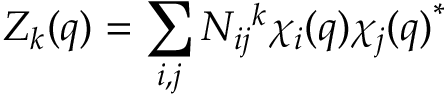
Z _ { k } ( q ) = \sum _ { i , j } N _ { i j } { } ^ { k } \chi _ { i } ( q ) { \chi _ { j } ( q ) } ^ { * }